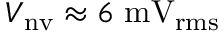
V _ { \mathrm { n v } } \approx 6 ~ \mathrm { m V _ { r m s } }